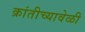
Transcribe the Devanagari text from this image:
क्रांतीच्यावेळी